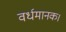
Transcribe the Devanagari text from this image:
वर्धमानक।